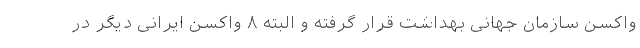
واکسن سازمان جهانی بهداشت قرار گرفته و البته ۸ واکسن ایرانی دیگر در